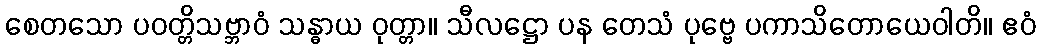
စေတသော ပဝတ္တိသဗ္ဘာဝံ သန္ဓာယ ဝုတ္တာ။ သီလဋ္ဌော ပန တေသံ ပုဗ္ဗေ ပကာသိတောယေဝါတိ။ ဧဝံ